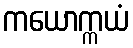
ကယောက္ကယံ